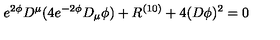
e ^ { 2 \phi } D ^ { \mu } ( 4 e ^ { - 2 \phi } D _ { \mu } \phi ) + R ^ { ( 1 0 ) } + 4 ( D \phi ) ^ { 2 } = 0